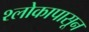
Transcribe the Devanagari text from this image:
श्लोकापासून